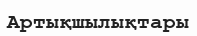
Артықшылықтары